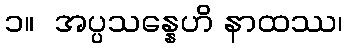
၁။  အပ္ပသန္နေဟိ နာထဿ၊